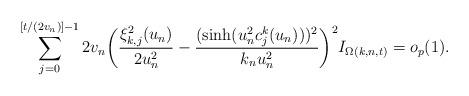
LaTeX: \begin{align*}\sum^{[{t}/{(2v_n)}]-1}_{j=0}2v_n\biggl(\frac{\xi^2_{k,j}(u_n)}{2u_n^2}-\frac{(\sinh(u_n^2c^k_j(u_n)))^2}{k_nu_n^2}\biggr)^2I_{\Omega(k,n, t)}=o_p(1).\end{align*}